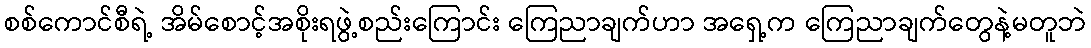
စစ်ကောင်စီရဲ့ အိမ်စောင့်အစိုးရဖွဲ့စည်းကြောင်း ကြေညာချက်ဟာ အရှေ့က ကြေညာချက်တွေနဲ့မတူဘဲ